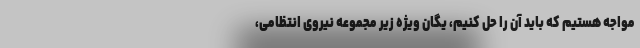
مواجه هستیم که باید آن را حل کنیم، یگان ویژه زیر مجموعه نیروی انتظامی،